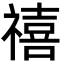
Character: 禧